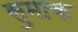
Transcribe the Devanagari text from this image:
सुमाक